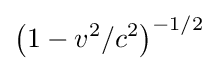
\left(1-v^{2}/c^{2}\right)^{-1/2}